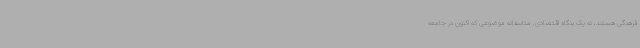
فرهنگی هستند، نه یک بنگاه اقتصادی. متاسفانه موضوعی که اکنون در جامعه